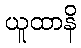
ယူထာနိ